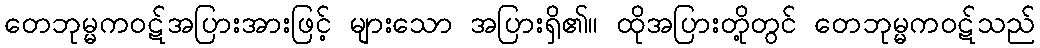
တေဘုမ္မကဝဋ်အပြားအားဖြင့် များသော အပြားရှိ၏။ ထိုအပြားတို့တွင် တေဘုမ္မကဝဋ်သည်